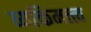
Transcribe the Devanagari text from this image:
व्यक्तिमत्त्त्व